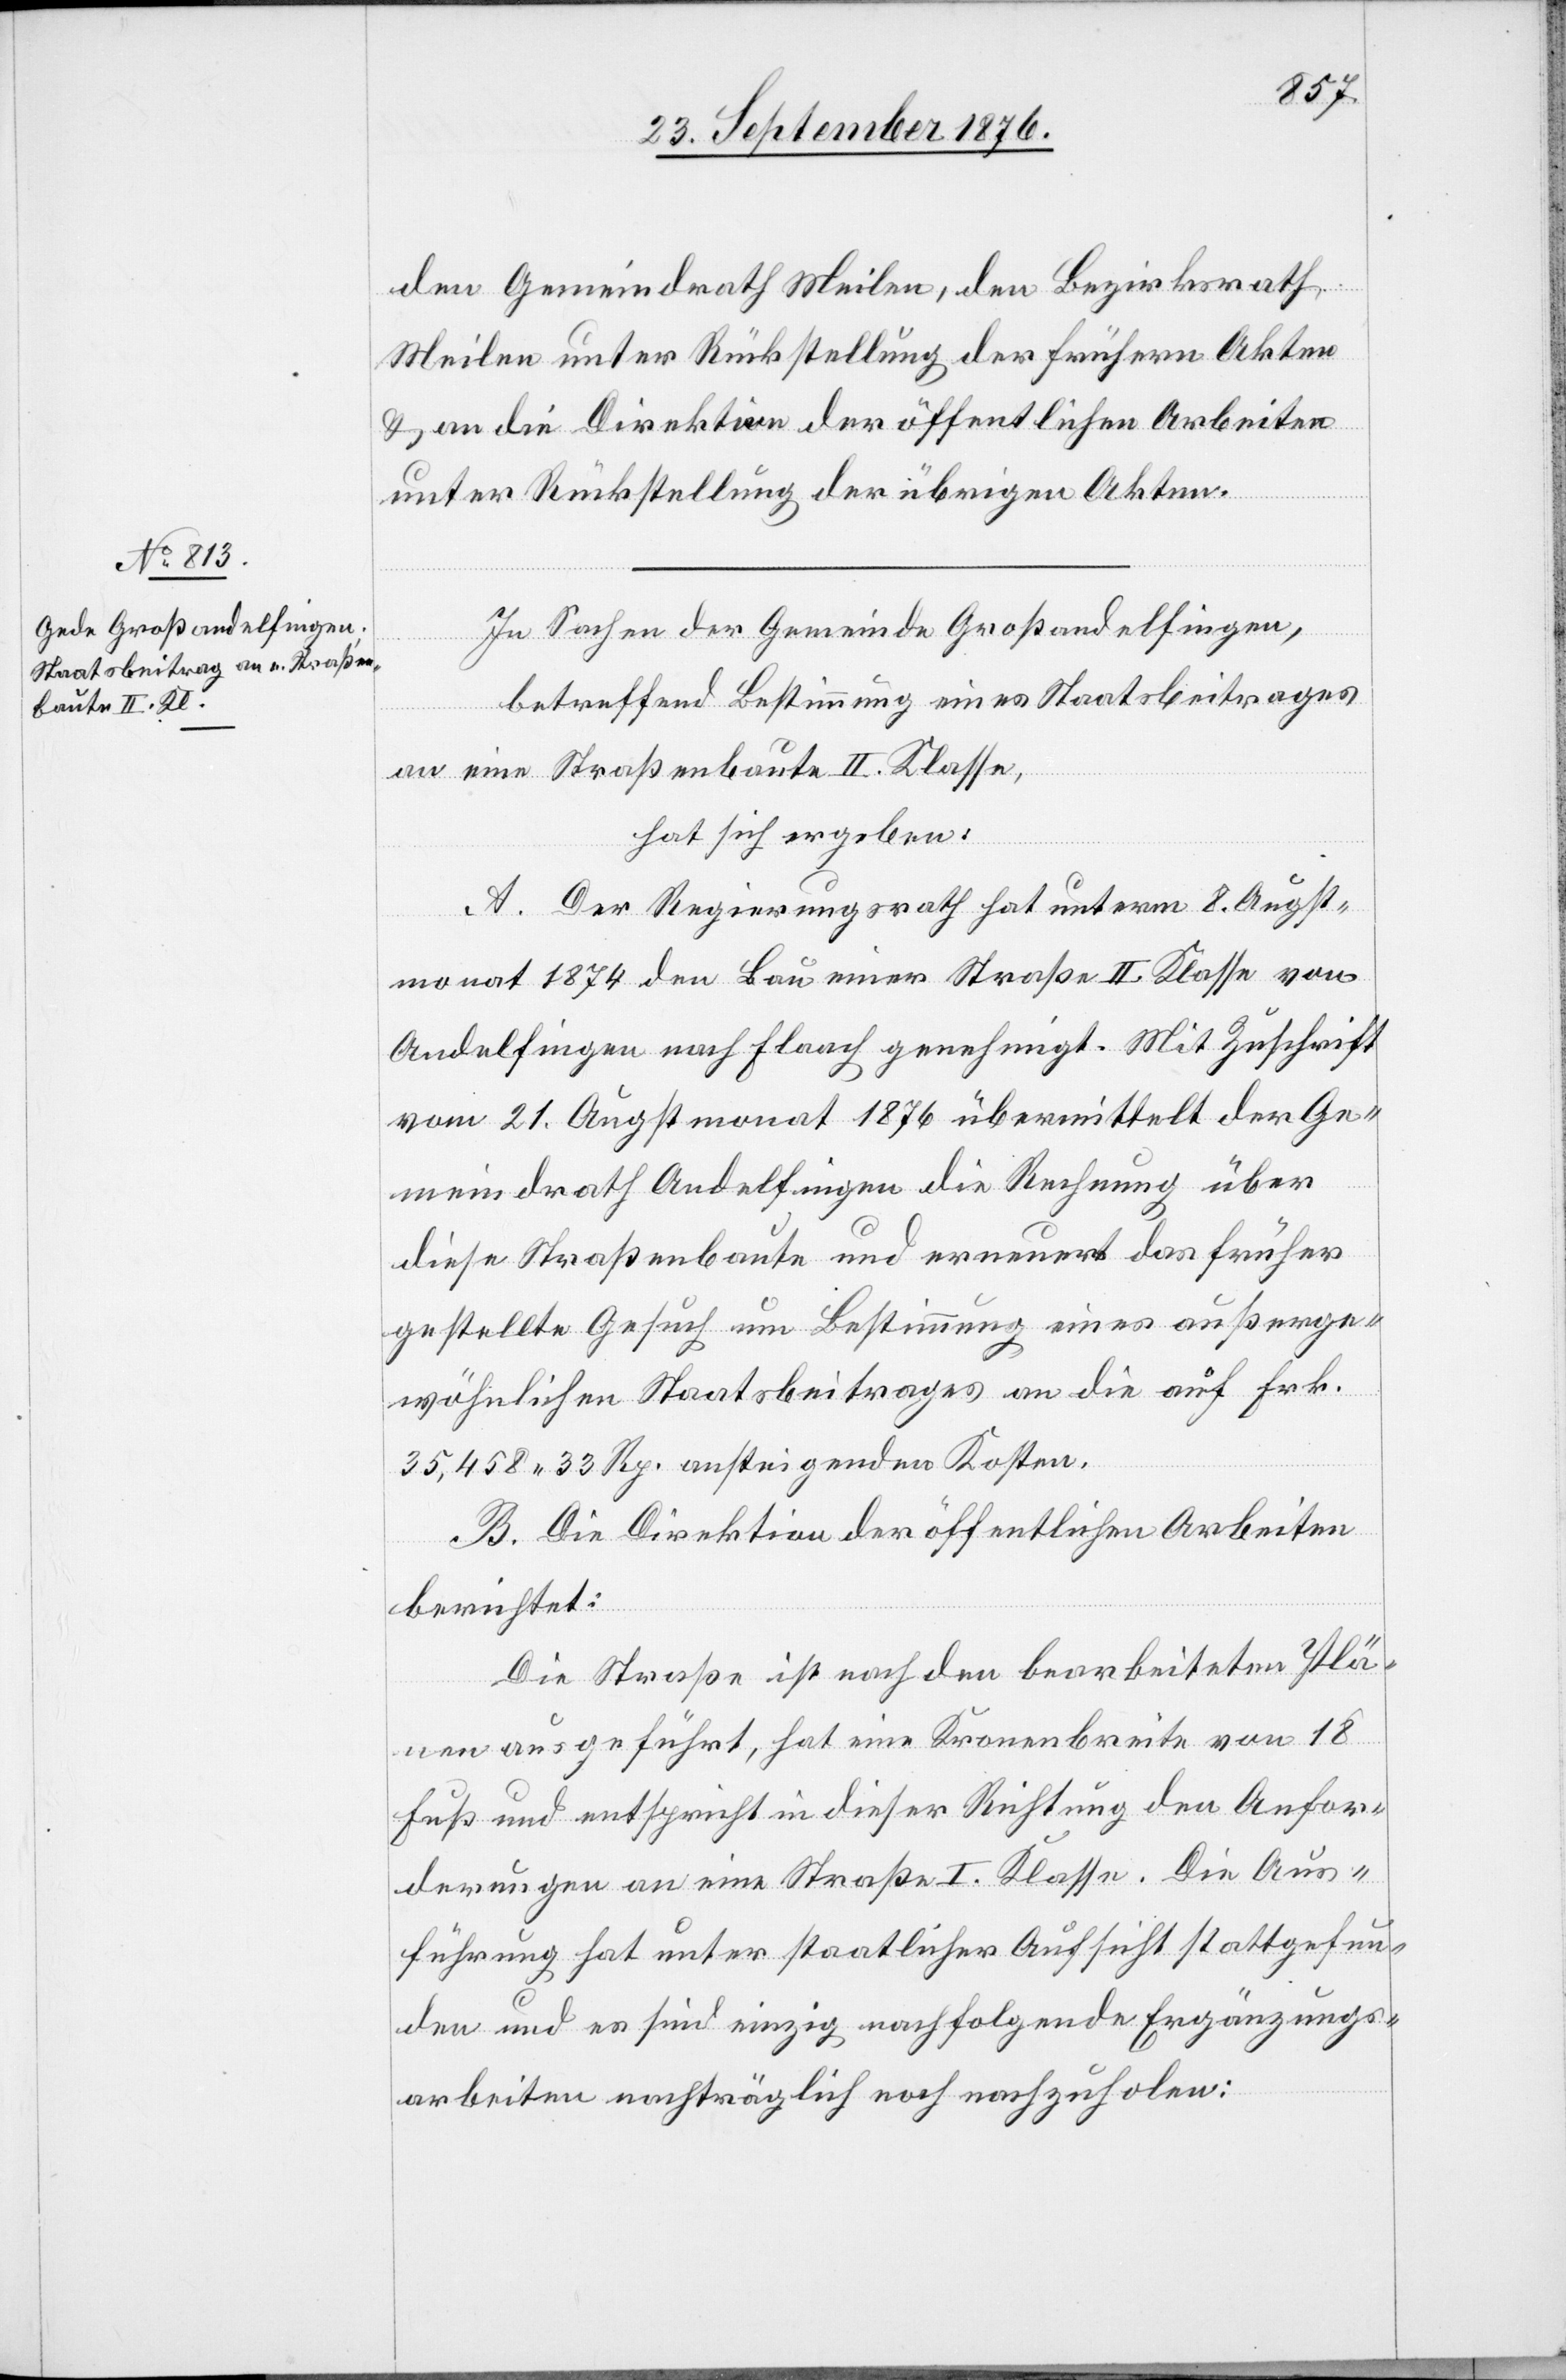
den Gemeindrath Meilen, den Bezirksrath
Meilen unter Rückstellung der frühern Akten
& an die Direktion der öffentlichen Arbeiten
unter Rückstellung der übrigen Akten.
In Sachen der Gemeinde Großandelfingen,
betreffend Bestimmung eines Staatsbeitrages
an eine Straßenbaute II. Klasse,
hat sich ergeben:
A. Der Regierungsrath hat unterm 8. Augst¬
monat 1874 den Bau einer Straße II. Klasse von
Andelfingen nach Flaach genehmigt. Mit Zuschrift
vom 21. Augstmonat 1876 übermittelt der Ge¬
meindrath Andelfingen die Rechnung über
diese Straßenbaute und erneuert das früher
gestellte Gesuch um Bestimmung eines außerge¬
wöhnlichen Staatsbeitrages an die auf Frk.
35,458 33 Rp. ansteigenden Kosten.
B. Die Direktion der öffentlichen Arbeiten
berichtet:
Die Straße ist nach den bearbeiteten Plä¬
nen ausgeführt, hat eine Kronenbreite von 18
Fuß und entspricht in dieser Richtung den Anfor¬
derungen an eine Straße I. Klasse. Die Aus¬
führung hat unter staatlicher Aufsicht stattgefun¬
den und es sind einzig nachfolgende Ergänzungs¬
arbeiten nachträglich noch nachzuholen: